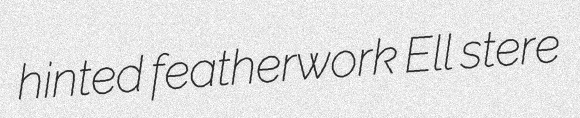
hinted featherwork Ell stere